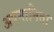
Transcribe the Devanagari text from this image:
अपमानिता